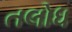
તલોધ